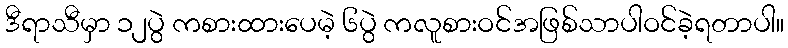
ဒီရာသီမှာ ၁၂ပွဲ ကစားထားပေမဲ့ ၆ပွဲ ကလူစားဝင်အဖြစ်သာပါဝင်ခဲ့ရတာပါ။